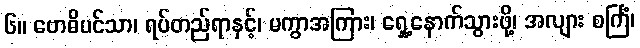
၆။ ဗောဓိပင်သာ၊ ရပ်တည်ရာနှင့်၊ မကွာအကြား၊ ရှေ့နောက်သွားဖို့၊ အလျား စင်္ကြံ၊